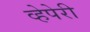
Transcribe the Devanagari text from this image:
व्हेपेरी